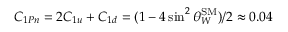
C _ { 1 P n } = 2 C _ { 1 u } + C _ { 1 d } = ( 1 - 4 \sin ^ { 2 } \theta _ { W } ^ { \mathrm { S M } } ) / 2 \approx 0 . 0 4